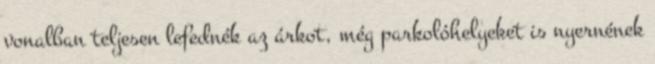
vonalban teljesen lefednék az árkot, még parkolóhelyeket is nyernének